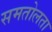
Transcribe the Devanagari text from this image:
समतोलता